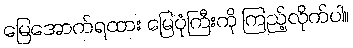
မြေအောက်ရထား မြေပုံကြီးကို ကြည့်လိုက်ပါ။